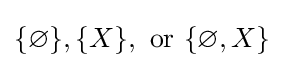
\{\varnothing \},\{X\},{\text{ or }}\{\varnothing ,X\}